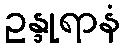
ဥန္ဒုရာနံ